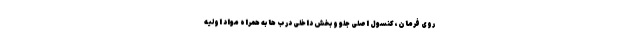
روی فرمان، کنسول اصلی جلو و بخش داخلی درب ها به همراه مواد اولیه